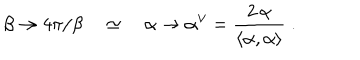
LaTeX: \beta \rightarrow 4 \pi / \beta \quad \simeq \quad \alpha \rightarrow \alpha ^ { \vee } = \frac { 2 \, \alpha } { \left\langle \alpha , \alpha \right\rangle } \; .